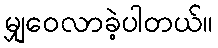
မျှဝေလာခဲ့ပါတယ်။